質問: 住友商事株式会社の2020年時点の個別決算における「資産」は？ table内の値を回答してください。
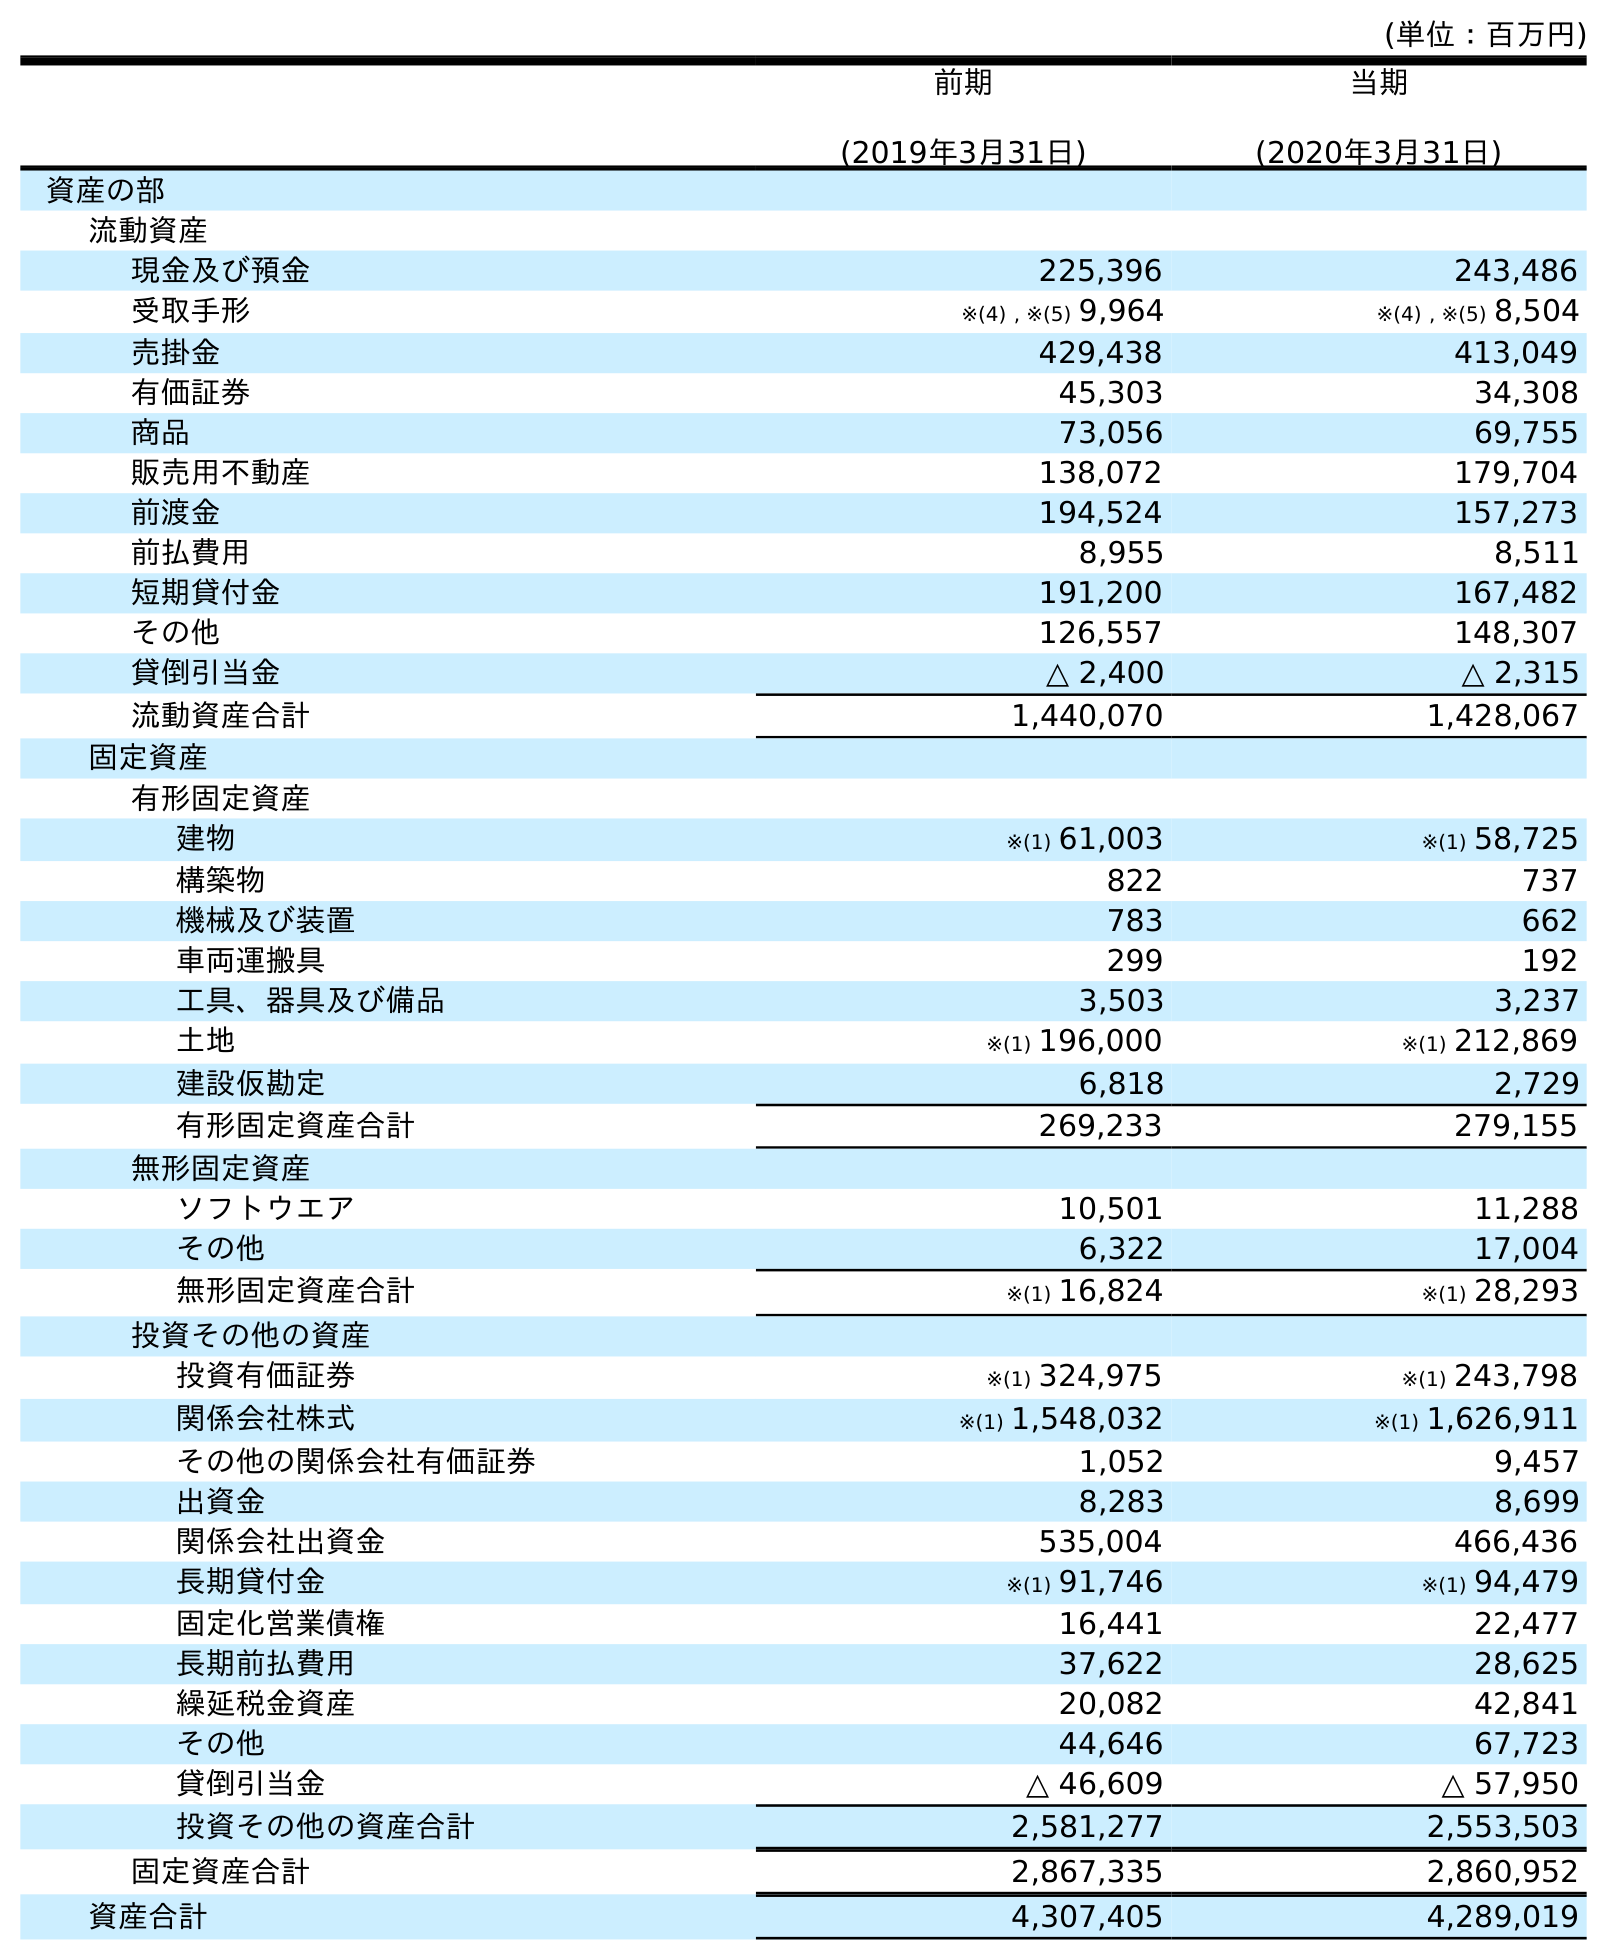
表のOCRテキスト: (単位：百万円) 前期 (2019年3月31日) 当期 (2020年3月31日) 資産の部 流動資産 現金及び預金 225,396 243,486 受取手形 ※(4) , ※(5) 9,964 ※(4) , ※(5) 8,504 売掛金 429,438 413,049 有価証券 45,303 34,308 商品 73,056 69,755 販売用不動産 138,072 179,704 前渡金 194,524 157,273 前払費用 8,955 8,511 短期貸付金 191,200 167,482 その他 126,557 148,307 貸倒引当金 △ 2,400 △ 2,315 流動資産合計 1,440,070 1,428,067 固定資産 有形固定資産 建物 ※(1) 61,003 ※(1) 58,725 構築物 822 737 機械及び装置 783 662 車両運搬具 299 192 工具、器具及び備品 3,503 3,237 土地 ※(1) 196,000 ※(1) 212,869 建設仮勘定 6,818 2,729 有形固定資産合計 269,233 279,155 無形固定資産 ソフトウエア 10,501 11,288 その他 6,322 17,004 無形固定資産合計 ※(1) 16,824 ※(1) 28,293 投資その他の資産 投資有価証券 ※(1) 324,975 ※(1) 243,798 関係会社株式 ※(1) 1,548,032 ※(1) 1,626,911 その他の関係会社有価証券 1,052 9,457 出資金 8,283 8,699 関係会社出資金 535,004 466,436 長期貸付金 ※(1) 91,746 ※(1) 94,479 固定化営業債権 16,441 22,477 長期前払費用 37,622 28,625 繰延税金資産 20,082 42,841 その他 44,646 67,723 貸倒引当金 △ 46,609 △ 57,950 投資その他の資産合計 2,581,277 2,553,503 固定資産合計 2,867,335 2,860,952 資産合計 4,307,405 4,289,019
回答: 4,289,019